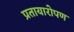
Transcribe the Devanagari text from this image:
प्रतायारोपण